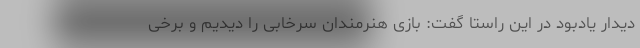
دیدار یادبود در این راستا گفت: بازی هنرمندان سرخابی‌ را دیدیم و برخی